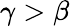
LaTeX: \gamma>\beta